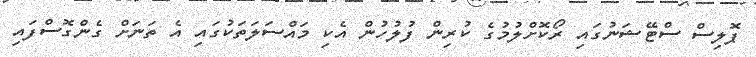
ޕޮލިސް ސްޓޭޝަނުގައި ރޯކޮށްލުމުގެ ކުރިން ފުލުހުން އެކި މައްސަލަތަކުގައި އެ ތަނަށް ގެންގޮސްފައި